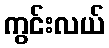
ကွင်းလယ်